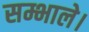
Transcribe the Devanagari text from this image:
सम्भाले।